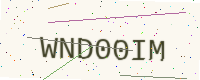
Text: WND00IM